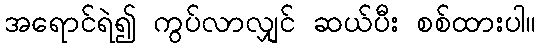
အရောင်ရဲ၍ ကွပ်လာလျှင် ဆယ်ပီး စစ်ထားပါ။